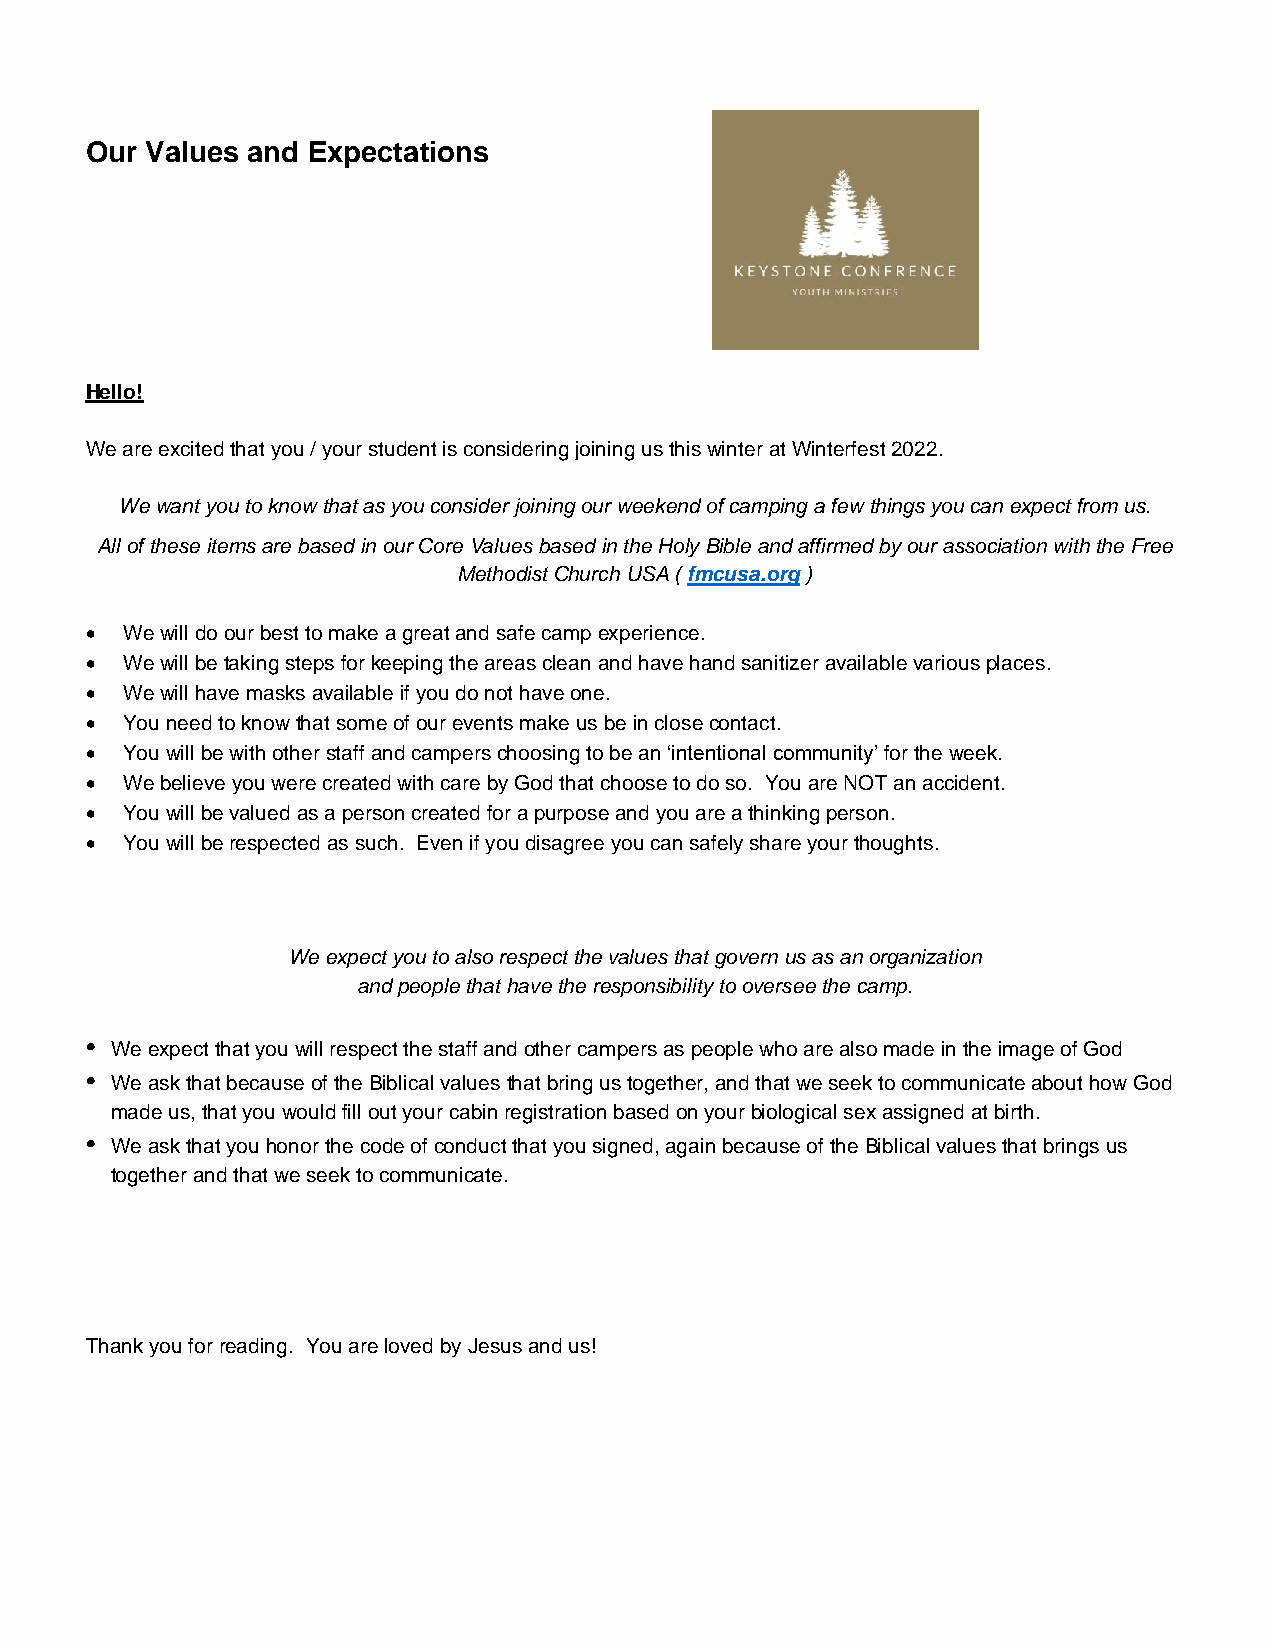
Our Values and Expectations
 Hello!
 We are excited that you / your student is considering joining us this winter at Winterfest 2022.
 We want you to know that as you consider joining our weekend of camping a few things you can expect from us.
 All of these items are based in our Core Values based in the Holy Bible and affirmed by our association with the Free
 Methodist Church USA ( fmcusa.org )
 • We will do our best to make a great and safe camp experience.
 • We will be taking steps for keeping the areas clean and have hand sanitizer available various places.
 • We will have masks available if you do not have one.
 • You need to know that some of our events make us be in close contact.
 • You will be with other staff and campers choosing to be an ‘intentional community’ for the week.
 • We believe you were created with care by God that choose to do so. You are NOT an accident.
 • You will be valued as a person created for a purpose and you are a thinking person.
 • You will be respected as such. Even if you disagree you can safely share your thoughts.
 We expect you to also respect the values that govern us as an organization
 and people that have the responsibility to oversee the camp.
 • We expect that you will respect the staff and other campers as people who are also made in the image of God
 • We ask that because of the Biblical values that bring us together, and that we seek to communicate about how God
 made us, that you would fill out your cabin registration based on your biological sex assigned at birth.
 • We ask that you honor the code of conduct that you signed, again because of the Biblical values that brings us
 together and that we seek to communicate.
 Thank you for reading. You are loved by Jesus and us!